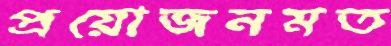
প্রয়োজনমত